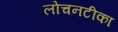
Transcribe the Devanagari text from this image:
लोचनटीका